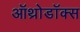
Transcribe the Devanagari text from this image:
ऑथ्रोडॉक्स